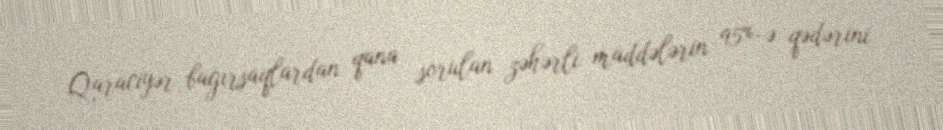
Qaraciyər bağırsaqlardan qana sorulan zəhərli maddələrin 95%-ə qədərini